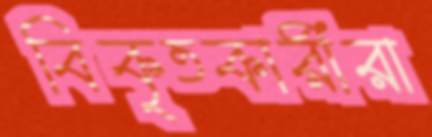
বিকৃতকারীরা